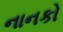
નાનકો